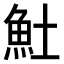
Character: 𩵚